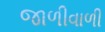
જાળીવાળી